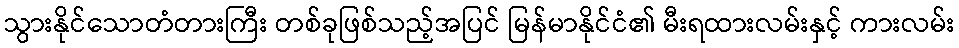
သွားနိုင်သောတံတားကြီး တစ်ခုဖြစ်သည့်အပြင် မြန်မာနိုင်ငံ၏ မီးရထားလမ်းနှင့် ကားလမ်း